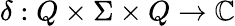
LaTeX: \delta:Q\times\Sigma\times Q\to\mathbb{C}